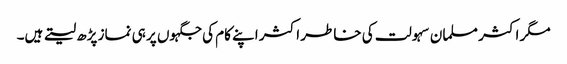
مگر اکثر مسلما ن سہولت کی خاطر اکثر اپنے کام کی جگہوں پر ہی نماز پڑھ لیتے ہیں۔